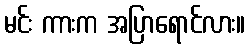
မင်း ကားက အပြာရောင်လား။